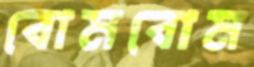
বোমবোম